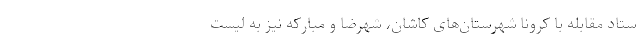
ستاد مقابله با کرونا شهرستان‌های کاشان، شهرضا و مبارکه نیز به لیست